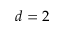
d = 2